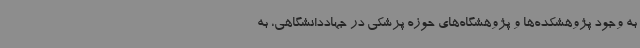
به وجود پژوهشکده‌ها و پژوهشگاه‌های حوزه پزشکی در جهاددانشگاهی، به